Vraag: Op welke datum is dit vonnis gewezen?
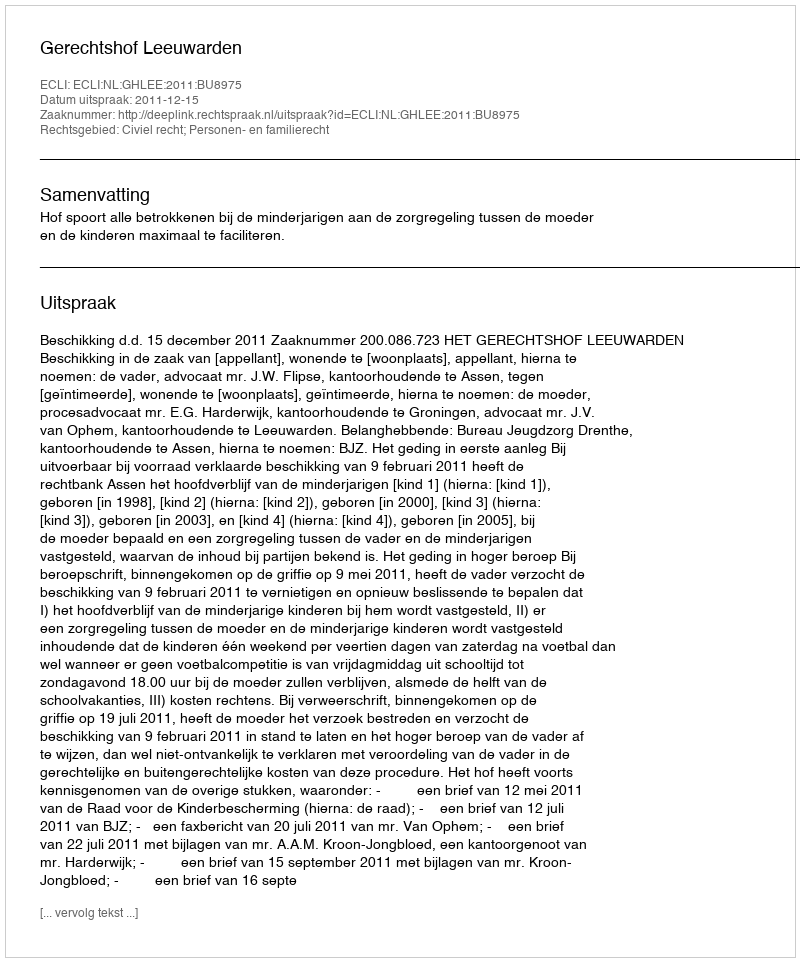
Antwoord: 2011-12-15